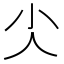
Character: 𰍩